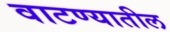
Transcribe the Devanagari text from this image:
वाटण्यातील